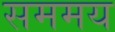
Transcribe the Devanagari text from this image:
सममय